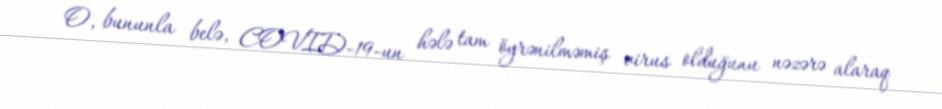
O, bununla belə, COVID-19-un hələ tam öyrənilməmiş virus olduğunu nəzərə alaraq